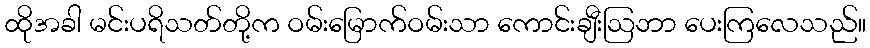
ထိုအခါ မင်းပရိသတ်တို့က ဝမ်းမြောက်ဝမ်းသာ ကောင်းချီးဩဘာ ပေးကြလေသည်။